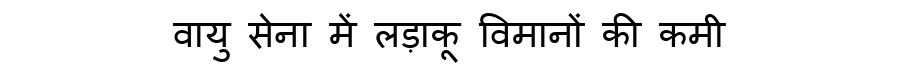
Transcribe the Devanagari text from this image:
वायु सेना में लड़ाकू विमानों की कमी